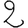
Digit: 2